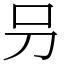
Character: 叧